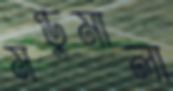
মণ্ডুমালা